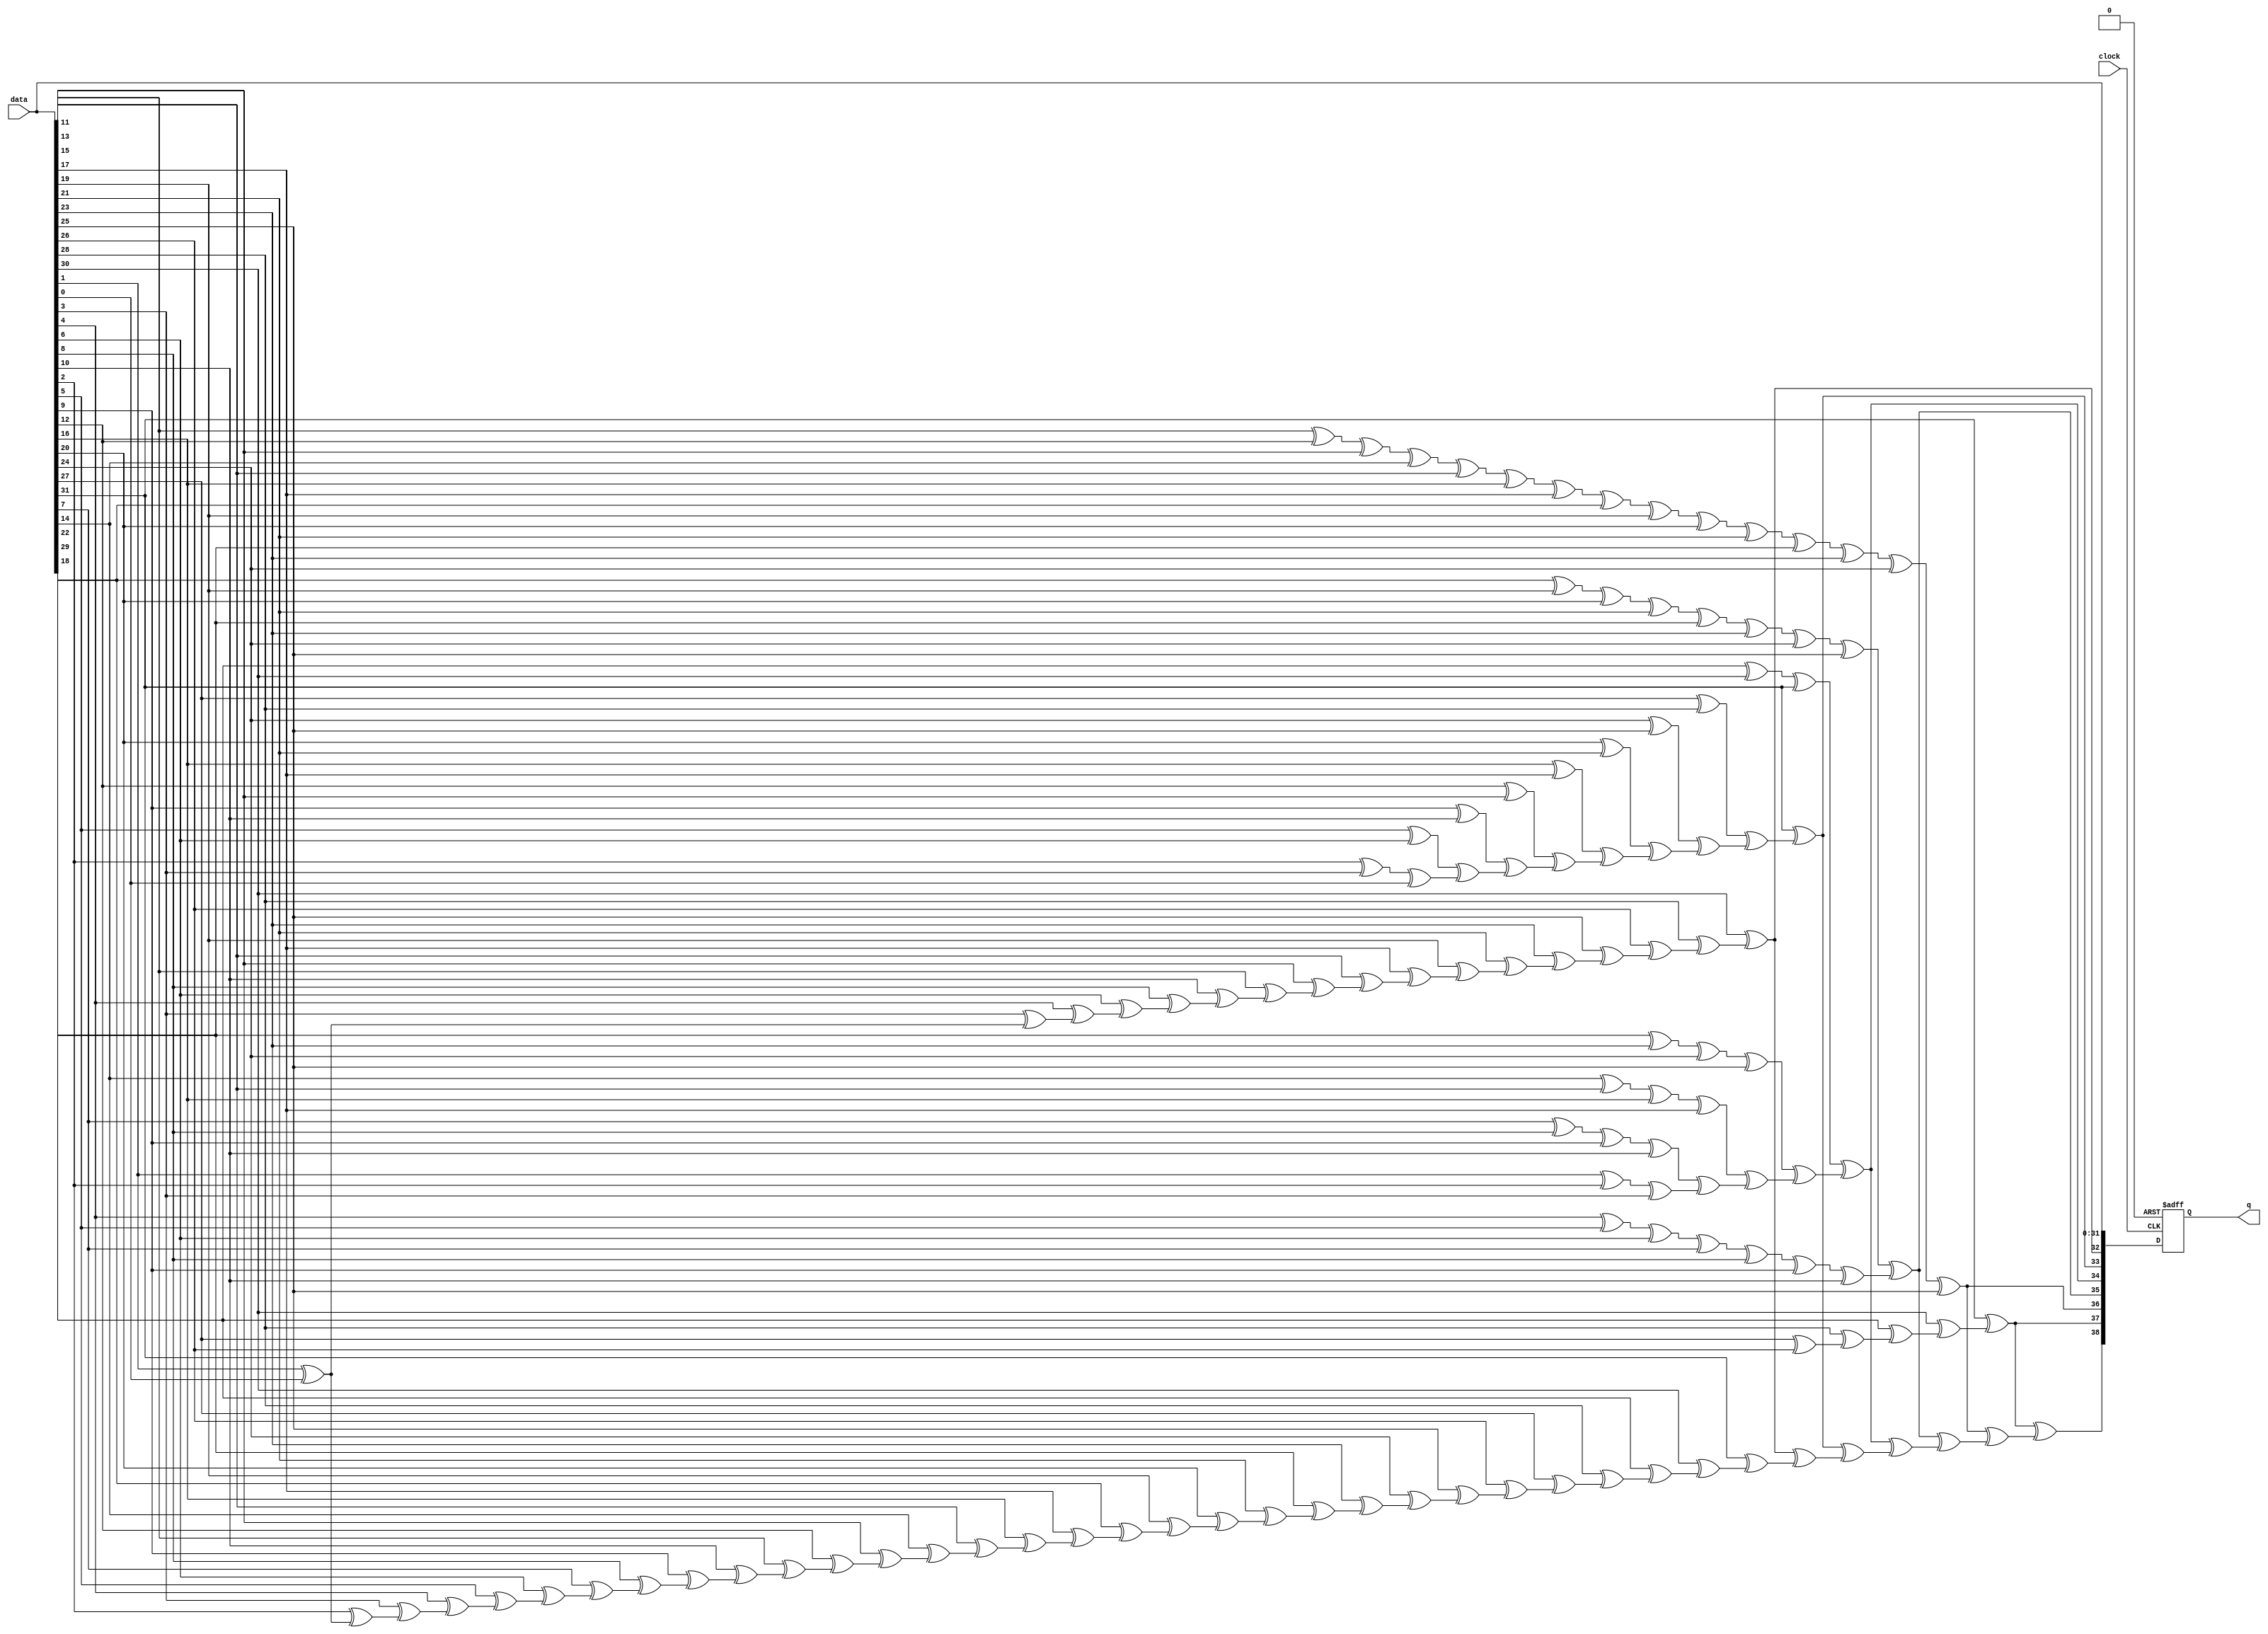
module  alt_ddrx_encoder_40_altecc_encoder_plb
	( 
	clock,
	data,
	q) ;
	input   clock;
	input   [31:0]  data;
	output   [38:0]  q;
`ifndef ALTERA_RESERVED_QIS
// synopsys translate_off
`endif
	tri0   clock;
`ifndef ALTERA_RESERVED_QIS
// synopsys translate_on
`endif

	reg	[38:0]	output_pipeline0c;
	wire aclr;
	wire clocken;
	wire  [31:0]  data_wire;
	wire  [17:0]  parity_01_wire;
	wire  [9:0]  parity_02_wire;
	wire  [4:0]  parity_03_wire;
	wire  [1:0]  parity_04_wire;
	wire  [0:0]  parity_05_wire;
	wire  [5:0]  parity_06_wire;
	wire  [37:0]  parity_final_wire;
	wire  [38:0]  q_wire;

	// synopsys translate_off
	initial
		output_pipeline0c = 0;
	// synopsys translate_on
	always @ ( posedge clock or  posedge aclr)
		if (aclr == 1'b1) output_pipeline0c <= 39'b0;
		else if  (clocken == 1'b1)   output_pipeline0c <= q_wire;
	assign
		aclr = 1'b0,
		clocken = 1'b1,
		data_wire = data,
		parity_01_wire = {(data_wire[30] ^ parity_01_wire[16]), (data_wire[28] ^ parity_01_wire[15]), (data_wire[26] ^ parity_01_wire[14]), (data_wire[25] ^ parity_01_wire[13]), (data_wire[23] ^ parity_01_wire[12]), (data_wire[21] ^ parity_01_wire[11]), (data_wire[19] ^ parity_01_wire[10]), (data_wire[17] ^ parity_01_wire[9]), (data_wire[15] ^ parity_01_wire[8]), (data_wire[13] ^ parity_01_wire[7]), (data_wire[11] ^ parity_01_wire[6]), (data_wire[10] ^ parity_01_wire[5]), (data_wire[8] ^ parity_01_wire[4]), (data_wire[6] ^ parity_01_wire[3]), (data_wire[4] ^ parity_01_wire[2]), (data_wire[3] ^ parity_01_wire[1]), (data_wire[1] ^ parity_01_wire[0]), data_wire[0]},
		parity_02_wire = {(data_wire[31] ^ parity_02_wire[8]), ((data_wire[27] ^ data_wire[28]) ^ parity_02_wire[7]), ((data_wire[24] ^ data_wire[25]) ^ parity_02_wire[6]), ((data_wire[20] ^ data_wire[21]) ^ parity_02_wire[5]), ((data_wire[16] ^ data_wire[17]) ^ parity_02_wire[4]), ((data_wire[12] ^ data_wire[13]) ^ parity_02_wire[3]), ((data_wire[9] ^ data_wire[10]) ^ parity_02_wire[2]), ((data_wire[5] ^ data_wire[6]) ^ parity_02_wire[1]), ((data_wire[2] ^ data_wire[3]) ^ parity_02_wire[0]), data_wire[0]},
		parity_03_wire = {(((data_wire[29] ^ data_wire[30]) ^ data_wire[31]) ^ parity_03_wire[3]), ((((data_wire[22] ^ data_wire[23]) ^ data_wire[24]) ^ data_wire[25]) ^ parity_03_wire[2]), ((((data_wire[14] ^ data_wire[15]) ^ data_wire[16]) ^ data_wire[17]) ^ parity_03_wire[1]), ((((data_wire[7] ^ data_wire[8]) ^ data_wire[9]) ^ data_wire[10]) ^ parity_03_wire[0]), ((data_wire[1] ^ data_wire[2]) ^ data_wire[3])},
		parity_04_wire = {((((((((data_wire[18] ^ data_wire[19]) ^ data_wire[20]) ^ data_wire[21]) ^ data_wire[22]) ^ data_wire[23]) ^ data_wire[24]) ^ data_wire[25]) ^ parity_04_wire[0]), ((((((data_wire[4] ^ data_wire[5]) ^ data_wire[6]) ^ data_wire[7]) ^ data_wire[8]) ^ data_wire[9]) ^ data_wire[10])},
		parity_05_wire = {((((((((((((((data_wire[11] ^ data_wire[12]) ^ data_wire[13]) ^ data_wire[14]) ^ data_wire[15]) ^ data_wire[16]) ^ data_wire[17]) ^ data_wire[18]) ^ data_wire[19]) ^ data_wire[20]) ^ data_wire[21]) ^ data_wire[22]) ^ data_wire[23]) ^ data_wire[24]) ^ data_wire[25])},
		parity_06_wire = {(data_wire[31] ^ parity_06_wire[4]), (data_wire[30] ^ parity_06_wire[3]), (data_wire[29] ^ parity_06_wire[2]), (data_wire[28] ^ parity_06_wire[1]), (data_wire[27] ^ parity_06_wire[0]), data_wire[26]},
		parity_final_wire = {(q_wire[37] ^ parity_final_wire[36]), (q_wire[36] ^ parity_final_wire[35]), (q_wire[35] ^ parity_final_wire[34]), (q_wire[34] ^ parity_final_wire[33]), (q_wire[33] ^ parity_final_wire[32]), (q_wire[32] ^ parity_final_wire[31]), (q_wire[31] ^ parity_final_wire[30]), (q_wire[30] ^ parity_final_wire[29]), (q_wire[29] ^ parity_final_wire[28]), (q_wire[28] ^ parity_final_wire[27]), (q_wire[27] ^ parity_final_wire[26]), (q_wire[26] ^ parity_final_wire[25]), (q_wire[25] ^ parity_final_wire[24]), (q_wire[24] ^ parity_final_wire[23]), (q_wire[23] ^ parity_final_wire[22]), (q_wire[22] ^ parity_final_wire[21]), (q_wire[21] ^ parity_final_wire[20]), (q_wire[20] ^ parity_final_wire[19]), (q_wire[19] ^ parity_final_wire[18]), (q_wire[18] ^ parity_final_wire[17]), (q_wire[17] ^ parity_final_wire[16]), (q_wire[16] ^ parity_final_wire[15]), (q_wire[15] ^ parity_final_wire[14]), (q_wire[14] ^ parity_final_wire[13]), (q_wire[13] ^ parity_final_wire[12]), (q_wire[12] ^ parity_final_wire[11]), (q_wire[11] ^ parity_final_wire[10]), (q_wire[10] ^ parity_final_wire[9]), (q_wire[9] ^ parity_final_wire[8]), (q_wire[8] ^ parity_final_wire[7]), (q_wire[7] ^ parity_final_wire[6]), (q_wire[6] ^ parity_final_wire[5]), (q_wire[5] ^ parity_final_wire[4]), (q_wire[4] ^ parity_final_wire[3]), (q_wire[3] ^ parity_final_wire[2]), (q_wire[2] ^ parity_final_wire[1]), (q_wire[1] ^ parity_final_wire[0]), q_wire[0]},
		q = output_pipeline0c,
		q_wire = {parity_final_wire[37], parity_06_wire[5], parity_05_wire[0], parity_04_wire[1], parity_03_wire[4], parity_02_wire[9], parity_01_wire[17], data_wire};
endmodule
module alt_ddrx_encoder_40 (
	clock,
	data,
	q);

	input	  clock;
	input	[31:0]  data;
	output	[38:0]  q;

	wire [38:0] sub_wire0;
	wire [38:0] q = sub_wire0[38:0];

	alt_ddrx_encoder_40_altecc_encoder_plb	alt_ddrx_encoder_40_altecc_encoder_plb_component (
				.clock (clock),
				.data (data),
				.q (sub_wire0));

endmodule